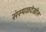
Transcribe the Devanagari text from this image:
संस्थळदेखील